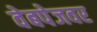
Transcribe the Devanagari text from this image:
वेबपेजवर